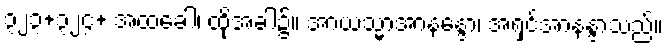
၃၂၃+၃၂၄+ အထခေါ၊ ထိုအခါ၌။ အာယသ္မာအာနန္ဒော၊ အရှင်အာနန္ဒာသည်။